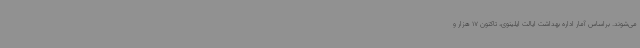
می‌شوند. براساس آمار اداره بهداشت ایالت ایلینوی، تاکنون 17 هزار و